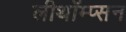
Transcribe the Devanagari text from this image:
लीथॉम्प्सन